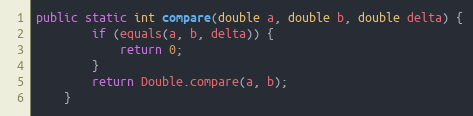
Language: Java
public static int compare(double a, double b, double delta) {
        if (equals(a, b, delta)) {
            return 0;
        }
        return Double.compare(a, b);
    }